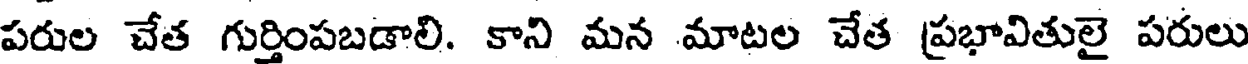
పరుల చేత గుర్తింపబడాలి. కాని మన మాటల చేత ప్రభావితులై పరులు